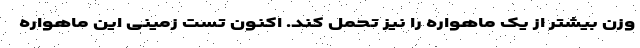
وزن بیشتر از یک ماهواره را نیز تحمل کند. اکنون تست زمینی این ماهواره